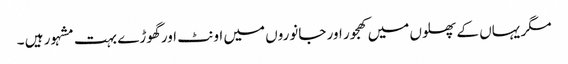
مگر یہاں کے پھلوں میں کھجور اور جانوروں میں اونٹ اور گھوڑے بہت مشہور ہیں ۔